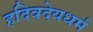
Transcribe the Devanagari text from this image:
हदिवदेयधर्म